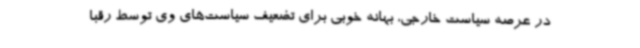
در عرصه سیاست خارجی، بهانه خوبی برای تضعیف سیاست‌های وی توسط رقبا